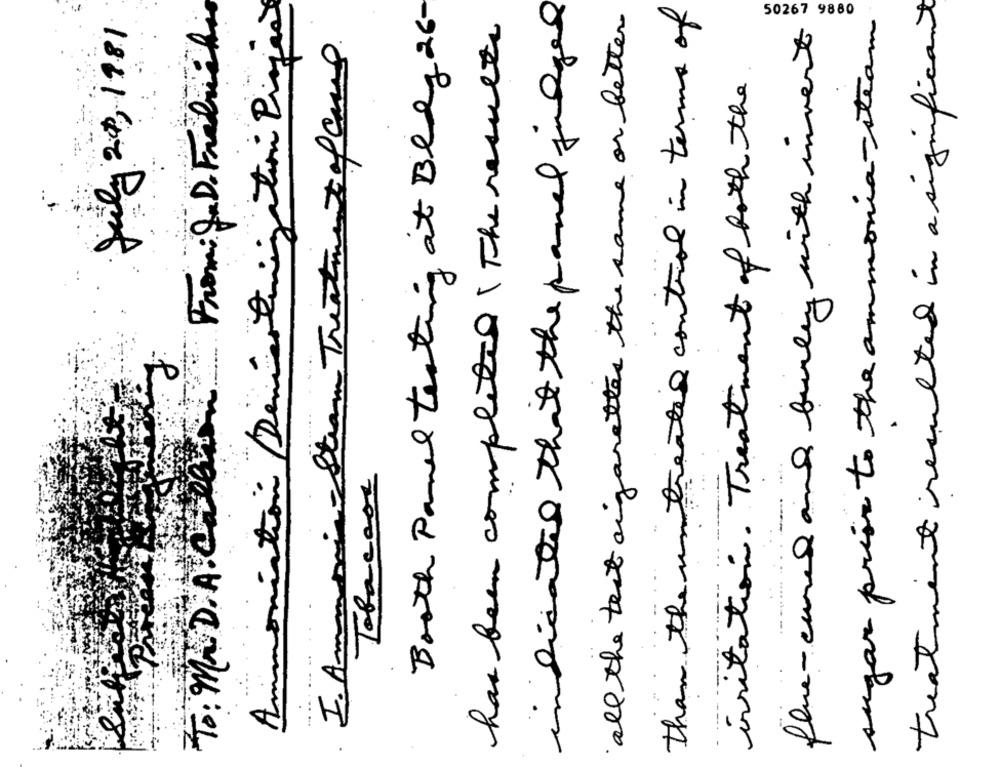
Ammoniation Demiss tuningation Pragas
indicated that the panel judged
all the text argaretter the same or better
than the un treated control in terms of
treatment resulted in a significant
To : MED. A. Celui From: S. D. Frabuch
Booth Panel testing at Bldg 26
July 20, 1981
has been completed The results
50267 9880
sugar priss to the ammonia - steam
flue-cured and finley with invent
I. Ammonia- Stram Treatment of Cars
irritation. Treatment of both the
Tobacass
PA